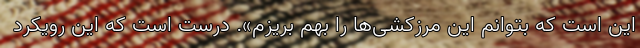
این است که بتوانم این مرزکشی‌ها را بهم بریزم». درست است که این رویکرد